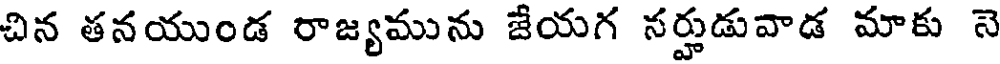
చిన తనయుండ రాజ్యమును జేయగ నర్హుడువాడ మాకు నె